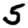
Digit: 5